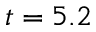
t = 5 . 2